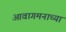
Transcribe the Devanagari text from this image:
आवागमनाच्या